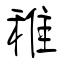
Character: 稚